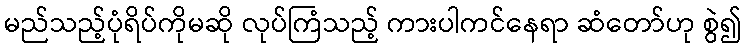
မည်သည့်ပုံရိပ်ကိုမဆို လုပ်ကြံသည့် ကားပါကင်နေရာ ဆံတော်ဟု စွဲ၍